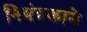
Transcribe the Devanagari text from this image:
नियंत्रकाने